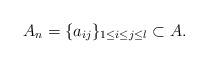
LaTeX: \begin{align*} A_n=\{a_{ij}\}_{1\leq i\leq j \leq l}\subset A.\end{align*}